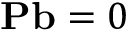
\mathbf P \mathbf b = 0